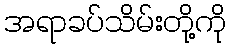
အရာခပ်သိမ်းတို့ကို